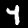
Digit: 4